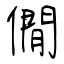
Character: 僩